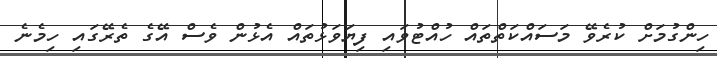
ހިންގުމަށް ކުރެވޭ މަސައްކަތްތައް ހުއްޓުވައި ފިޔަވަޅުތައް އެޅުން ވެސް އޭގެ ތެރޭގައި ހިމެނެ